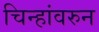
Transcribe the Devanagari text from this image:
चिन्हांवरुन